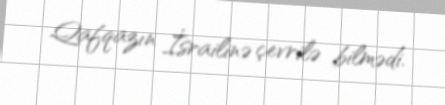
Qafqazın İsrailinə çevrilə bilmədi.